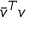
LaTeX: { \bar { v } } ^ { T } v